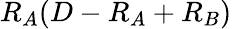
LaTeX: R_{A}(D-R_{A}+R_{B})